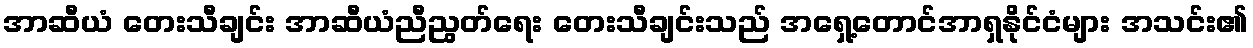
အာဆီယံ တေးသီချင်း အာဆီယံညီညွတ်ရေး တေးသီချင်းသည် အရှေ့တောင်အာရှနိုင်ငံများ အသင်း၏